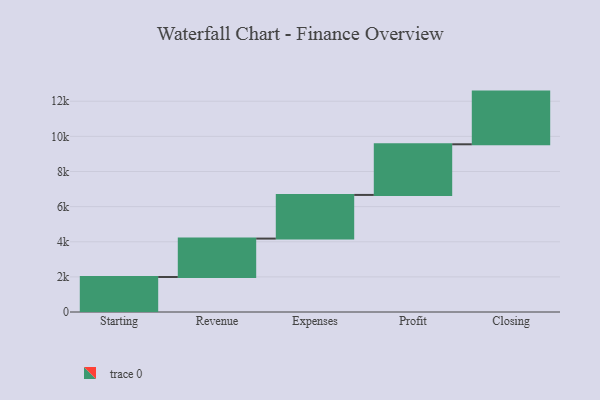
{"axis": {"x": "Step", "y": "Value"}, "legend": [""], "data": [{"x": "Starting", "y": 1993.0, "type": ""}, {"x": "Revenue", "y": 2187.0, "type": ""}, {"x": "Expenses", "y": 2486.0, "type": ""}, {"x": "Profit", "y": 2884.0, "type": ""}, {"x": "Closing", "y": 3000, "type": ""}]}